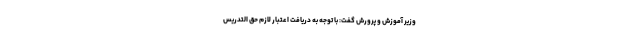
وزیر آموزش و پرورش گفت: با توجه به دریافت اعتبار لازم حق التدریس